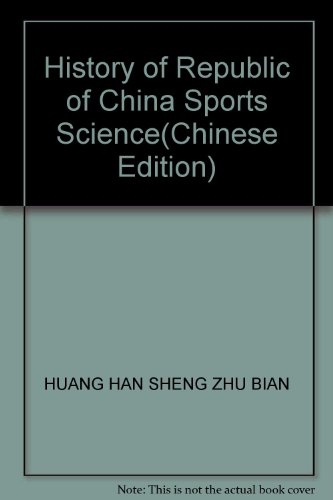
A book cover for History of Republic of China Sports Science; HUANG HAN SHENG ZHU BIAN; Sports & Outdoors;